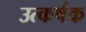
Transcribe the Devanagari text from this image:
उत्कर्षक